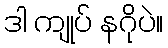
ဒါ ကျုပ် နဂိုပဲ။